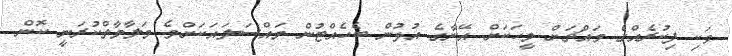
ވަކި ފިކުރެއްގެ މައްޗަށް މީހަކަށް އޭނާގެ އުޅުން ބެހެއްޓުން މައްސަލައަކަށްވެ މަލާމާތްކުރަނީ ކޮން